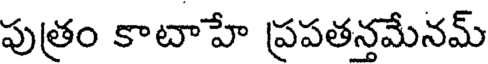
పుత్రం కాటాహే ప్రపతన్తమేనమ్